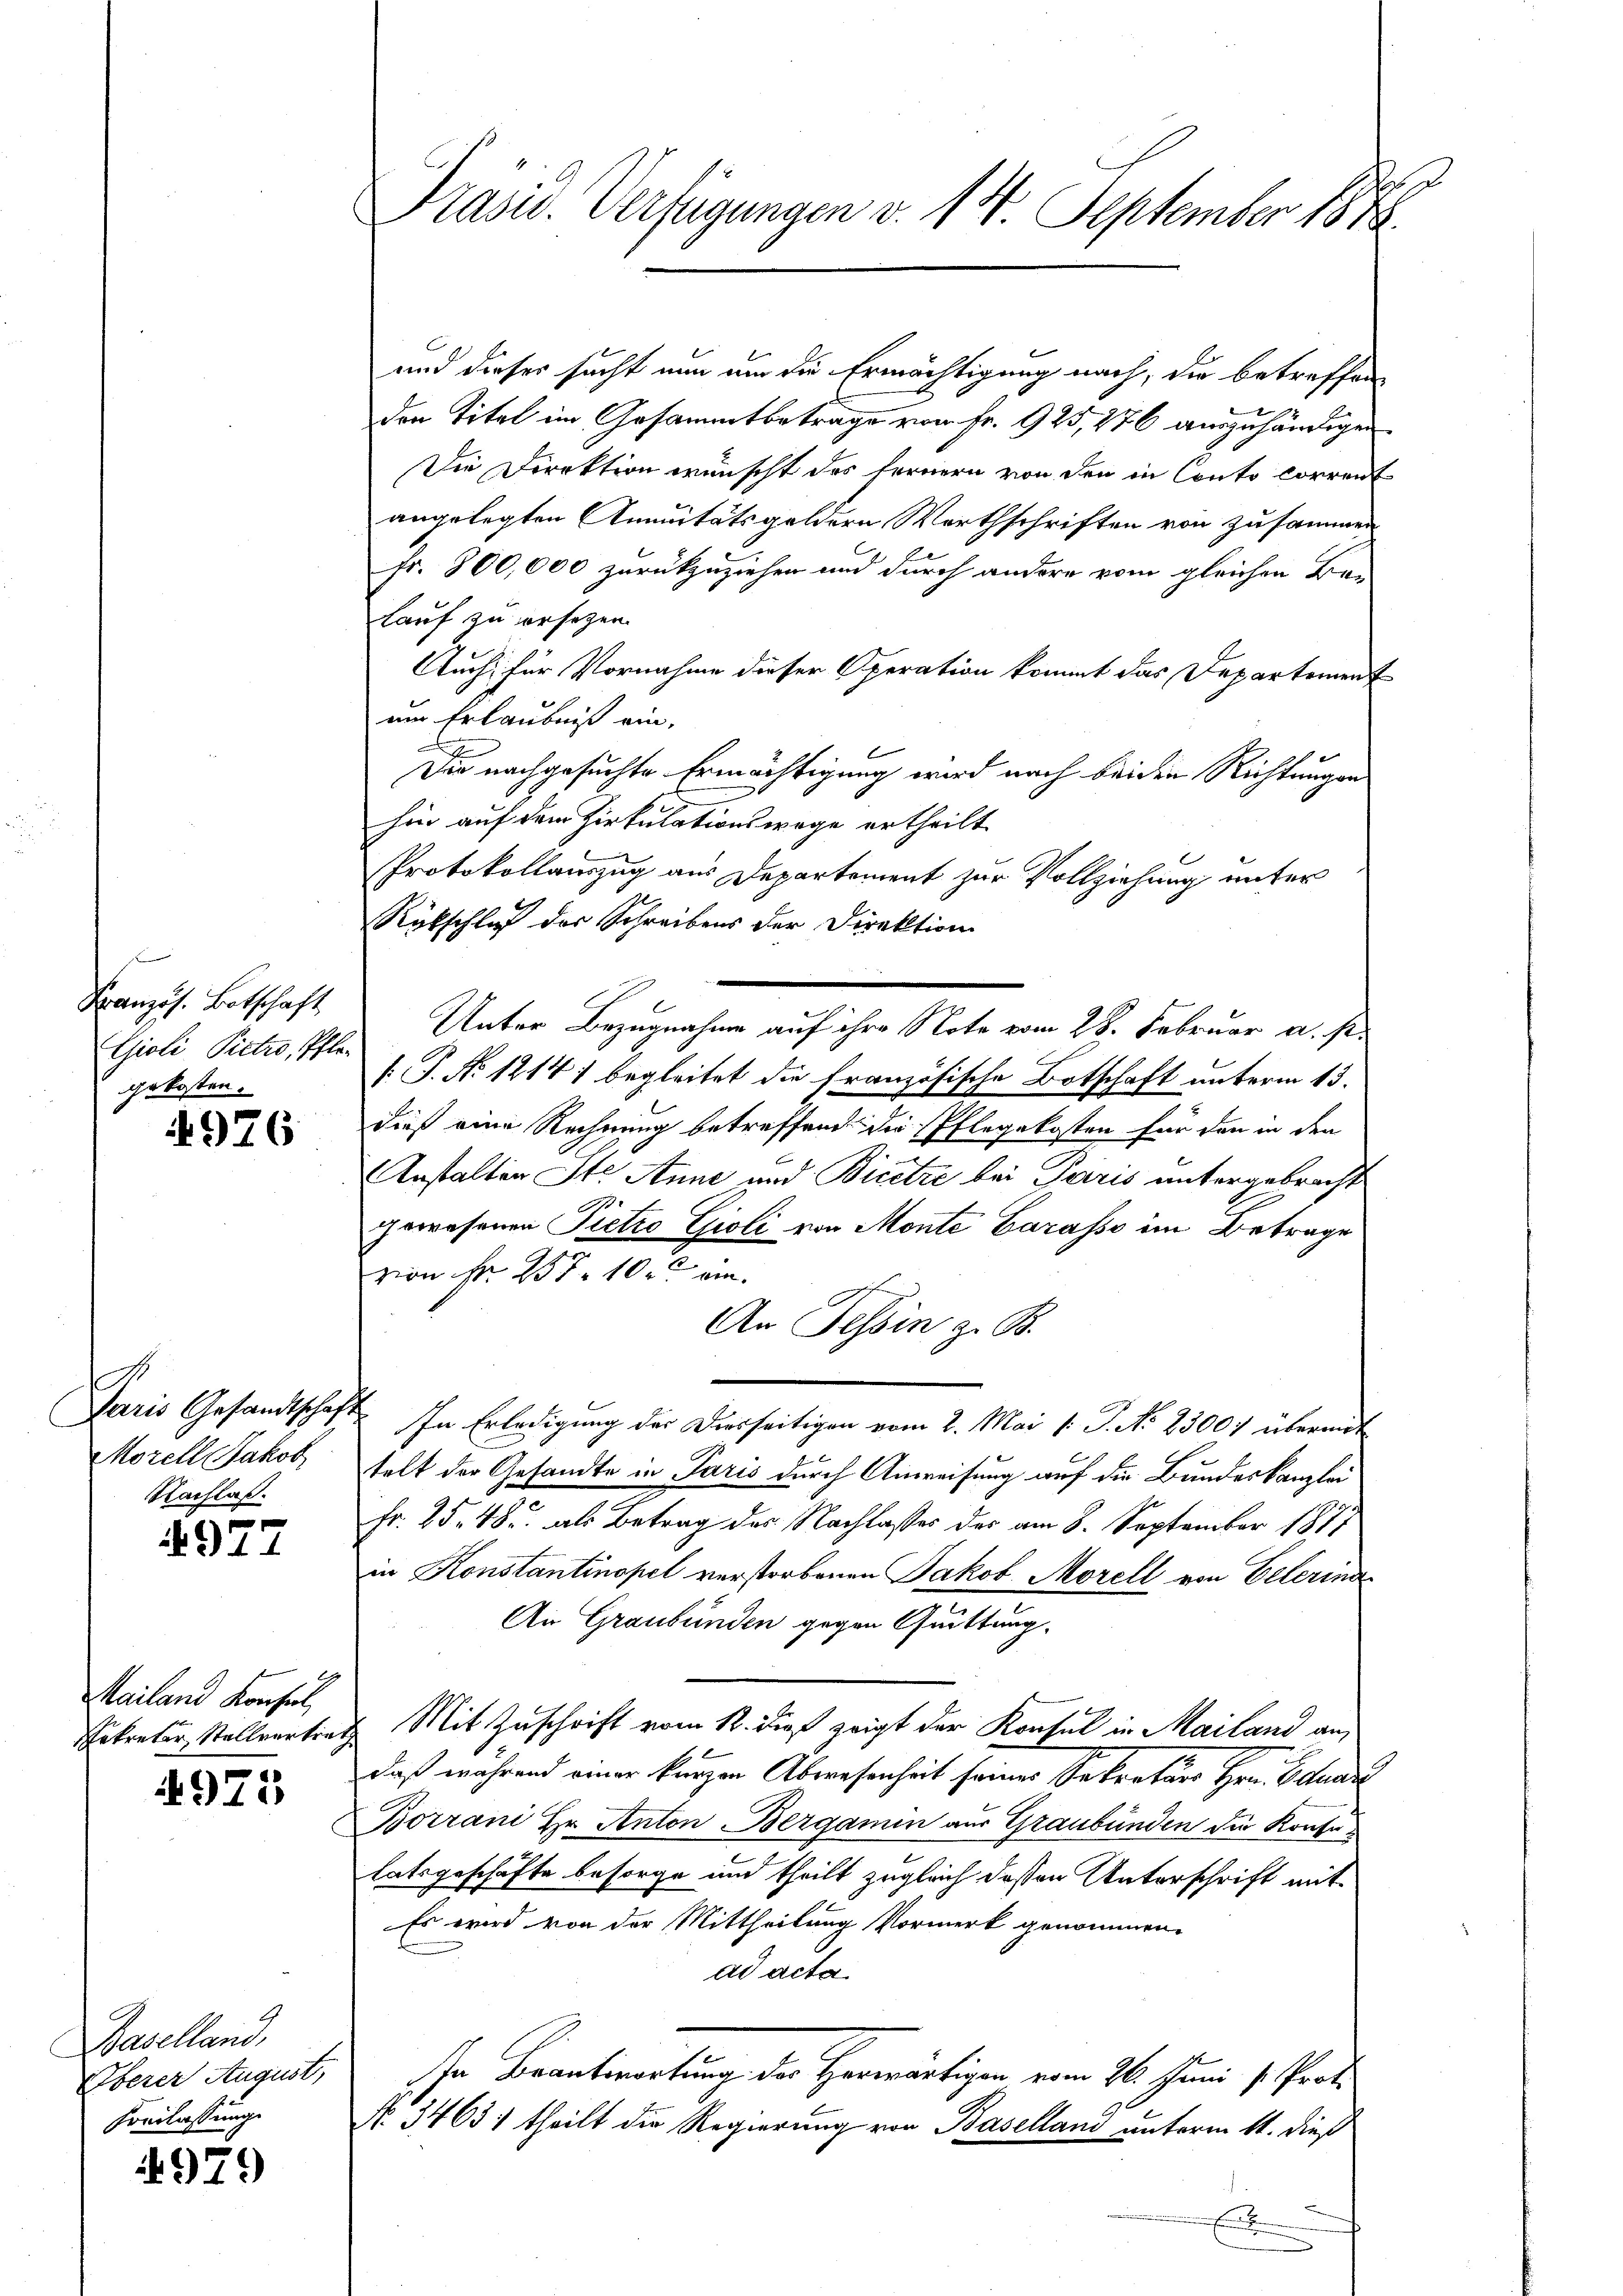
Französ. Botschaft
Gioli Pictro, Pflegekosten.

4976

Paris Gesandtschaft
Morell Jakob
Nachlaß.

4977

Mailand Konseil,
Sekretär Stellvertrath

4975

Baselland,
Überer August,
Beilassung

4979

t

Prasw. Verfügungen v. 14 September 1848.

und dieses sucht nun um die Ermächtigung nach, die betreffen
den Titel im Gesammtbeträge von Fr. 925,276 auszuhändigen
Die Direktion wünscht des fernern von den in Conto corrent
angelegten Annuitätsgeldern Werthschriften von zusammen
fr. 800,000 zurückzuziehen und durch andere vom gleichen Be-
lauf zu ersetzen.
Auch für Vornahme dieser Operation kommt das Departement
um Erlaubniß ein,
l
Die nachgesuchte Ermächtigung wird nach beiden Richtungen
hin auf dem Zirkulationswege ertheilt
Protokollauszug aus Departement zur Vollziehung unter
Rükschlaf der Schreibens der Direktion
Unter Bezugnahme auf ihre Note vom 28. Februar a. p.
[T. No 1214) begleitet die französische Botschaft unterm 13.
dieß eine Rechnung betreffend die Pflegekosten für den in den
Anstalten Ste Anne und Bicetze bei Paris untergebracht
9
gewesenen Pietro Gioli von Monte Carasse im Betrage
vion Fr. 257 10. dem
An Tessin z. B.
In Erledigung des Diesseitigen vom 2. Mai [ P. No 23001 übermit
telt der Gesandte in Paris durch Anweisung auf die Bundeskanzlei
Fr. 25. 485. als Betrag des Nachlasses des am 8. September 1877
in Konstantinopel verstorbenen Jakob Morell von Eelerina
An Graubünden gegen Quittung.
Mit Zuschrift vom 12. dieß zeigt der Konsul in Mailand an
daß während einer kurzen Abwesenheit seines Sekretärs Hrn. Eduar
Borrani Hr. Anton Bergamin aus Graubünden die Konfelatsgeschäfte besorge und theilt zugleich deßen Unterschrift mit
Es wird von der Mittheilung Vormerk genommen.
ad acta
Ihr Beantwortung der Herwärtigen vom 26. Juni s. Prof.
No. 3463. theilt die Regierung von Baselland unterm 11. dieß
E